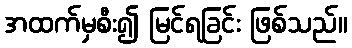
အထက်မှစီး၍ မြင်ရခြင်း ဖြစ်သည်။